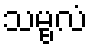
သမ္ဗလံ